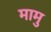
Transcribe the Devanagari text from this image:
मामु